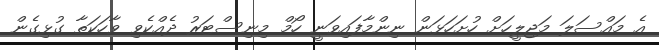
އެ މައްސަލަ މަޖިލީހަށް ހުށަހަޅަން ނިންމާފައިވަނީ ހޯމް މިނިސްޓަރު ދެއްކެވި ވާހަކަތާ ގުޅިގެން